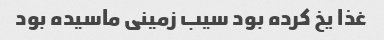
غذا یخ کرده بود سیب زمینی ماسیده بود